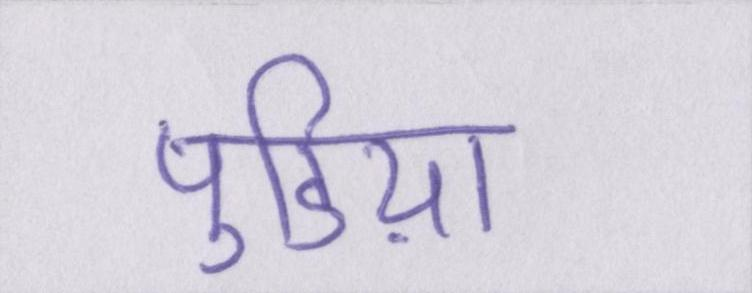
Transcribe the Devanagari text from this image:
पुडिय़ा